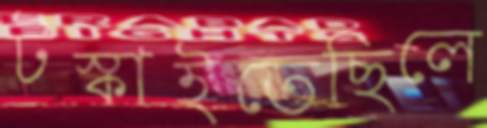
টস্‌কাইতেছিলে